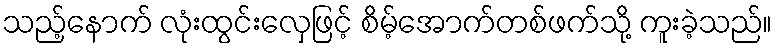
သည့်နောက် လုံးထွင်းလှေဖြင့် စိမ့်အောက်တစ်ဖက်သို့ ကူးခဲ့သည်။